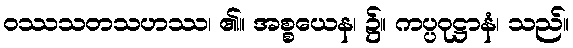
ဝဿသတသဟဿ၊ ၏။ အစ္စယေန၊ ၌။ ကပ္ပဝုဋ္ဌာနံ၊ သည်။